Burma Government Medical School reports 1923-41
Year: 1923
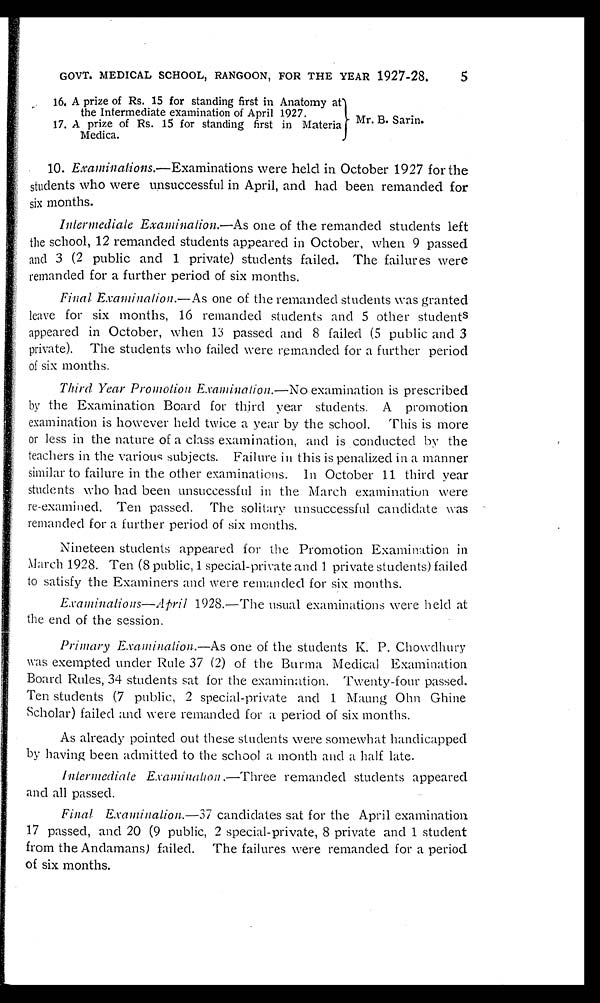
GOVT. MEDICAL SCHOOL, RANGOON, FOR THE YEAR 1927-28.
5
16. A prize of Rs. 15 for standing first in Anatomy at
the Intermediate examination of April 1927.
17. A prize of Rs. 15 for standing first in Materia
Medica.
Mr. B. Sarin.
10. Examinations. —Examinations were held in October 1927 for the
students who were unsuccessful in April, and had been remanded for
six months.
Intermediate Examination.—As one of the remanded students left
the school, 12 remanded students appeared in October, when 9 passed
and 3 (2 public and 1 private) students failed. The failures were
remanded for a further period of six months.
Final Examination.— As one of the remanded students was granted
leave for six months, 16 remanded students and 5 other students
appeared in October, when 13 passed and 8 failed (5 public and 3
private). The students who failed were remanded for a further period
of six months.
Third Year Promotion
Examination.— No examination is prescribed
by the Examination Board for third year students. A promotion
examination is however held twice a year by the school. This is more
or less in the nature of a class examination, and is conducted by the
teachers in the various subjects. Failure in this is penalized in a manner
similar to failure in the other examinations. In October 11 third year
students who had been unsuccessful in the March examination were
re-examined. Ten passed. The solitary unsuccessful candidate was
remanded for a further period of six months.
Nineteen students appeared for the Promotion Examination in
March 1928. Ten (8 public, 1 special-private and 1 private students) failed
to satisfy the Examiners and were remanded for six months.
Examinations—April 1928.—The usual examinations were held at
the end of the session .
Primary Examination.— As one of the students K. P. Chowdhury
was exempted under Rule 37 (2) of the Burma Medical Examination
Board Rules, 34 students sat for the examination. Twenty-four passed.
Ten students (7 public, 2 special-private and 1 Maung Ohn Ghine
Scholar) failed and were remanded for a period of six months.
As already pointed out these students were somewhat handicapped
by having been admitted to the school a month and a half late.
Intermediate Examination.—Three remanded students appeared
and all passed.
Final Examination.- 37 candidates sat for the April examination
17 passed, and 20 (9 public, 2 special-private, 8 private and 1 student
from the Andamans) failed. The failures were remanded for a period
of six months.